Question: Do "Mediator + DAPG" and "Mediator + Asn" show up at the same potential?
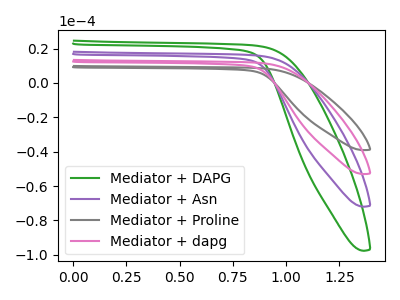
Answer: <think>The green curve "Mediator + DAPG" has no peaks. The purple curve "Mediator + Asn" has no peaks. The gray curve "Mediator + Proline" has no peaks. The pink curve "Mediator + dapg" has no peaks.
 Neither "Mediator + DAPG" or "Mediator + Asn" have any peaks.</think>
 <answer>"Mediator + DAPG" and "Mediator + Asn" are similar in shape.</answer>
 <eval>same_shape</eval>